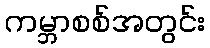
ကမ္ဘာစစ်အတွင်း